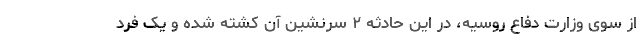
از سوی وزارت دفاع روسیه، در این حادثه ۲ سرنشین آن کشته شده و یک فرد